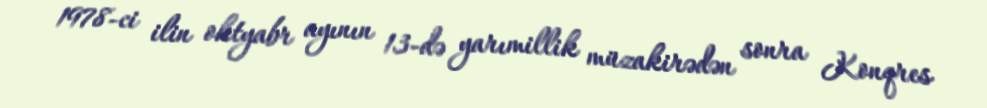
1978-ci ilin oktyabr ayının 13-də yarımillik müzakirədən sonra Konqres